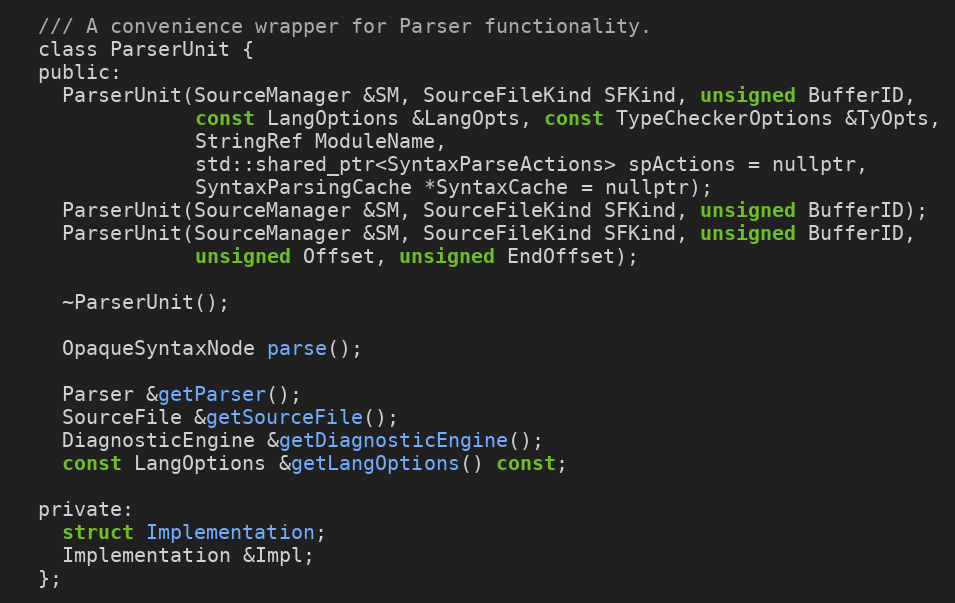
Language: C
  /// A convenience wrapper for Parser functionality.
  class ParserUnit {
  public:
    ParserUnit(SourceManager &SM, SourceFileKind SFKind, unsigned BufferID,
               const LangOptions &LangOpts, const TypeCheckerOptions &TyOpts,
               StringRef ModuleName,
               std::shared_ptr<SyntaxParseActions> spActions = nullptr,
               SyntaxParsingCache *SyntaxCache = nullptr);
    ParserUnit(SourceManager &SM, SourceFileKind SFKind, unsigned BufferID);
    ParserUnit(SourceManager &SM, SourceFileKind SFKind, unsigned BufferID,
               unsigned Offset, unsigned EndOffset);

    ~ParserUnit();

    OpaqueSyntaxNode parse();

    Parser &getParser();
    SourceFile &getSourceFile();
    DiagnosticEngine &getDiagnosticEngine();
    const LangOptions &getLangOptions() const;

  private:
    struct Implementation;
    Implementation &Impl;
  };